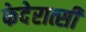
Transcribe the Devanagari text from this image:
फेदेरात्सी